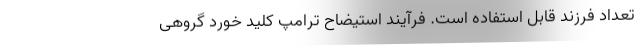
تعداد فرزند قابل استفاده است. فرآیند استیضاح ترامپ کلید خورد گروهی